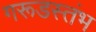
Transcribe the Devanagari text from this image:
गरूडस्तंभ